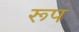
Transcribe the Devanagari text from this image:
रूप्‍ा